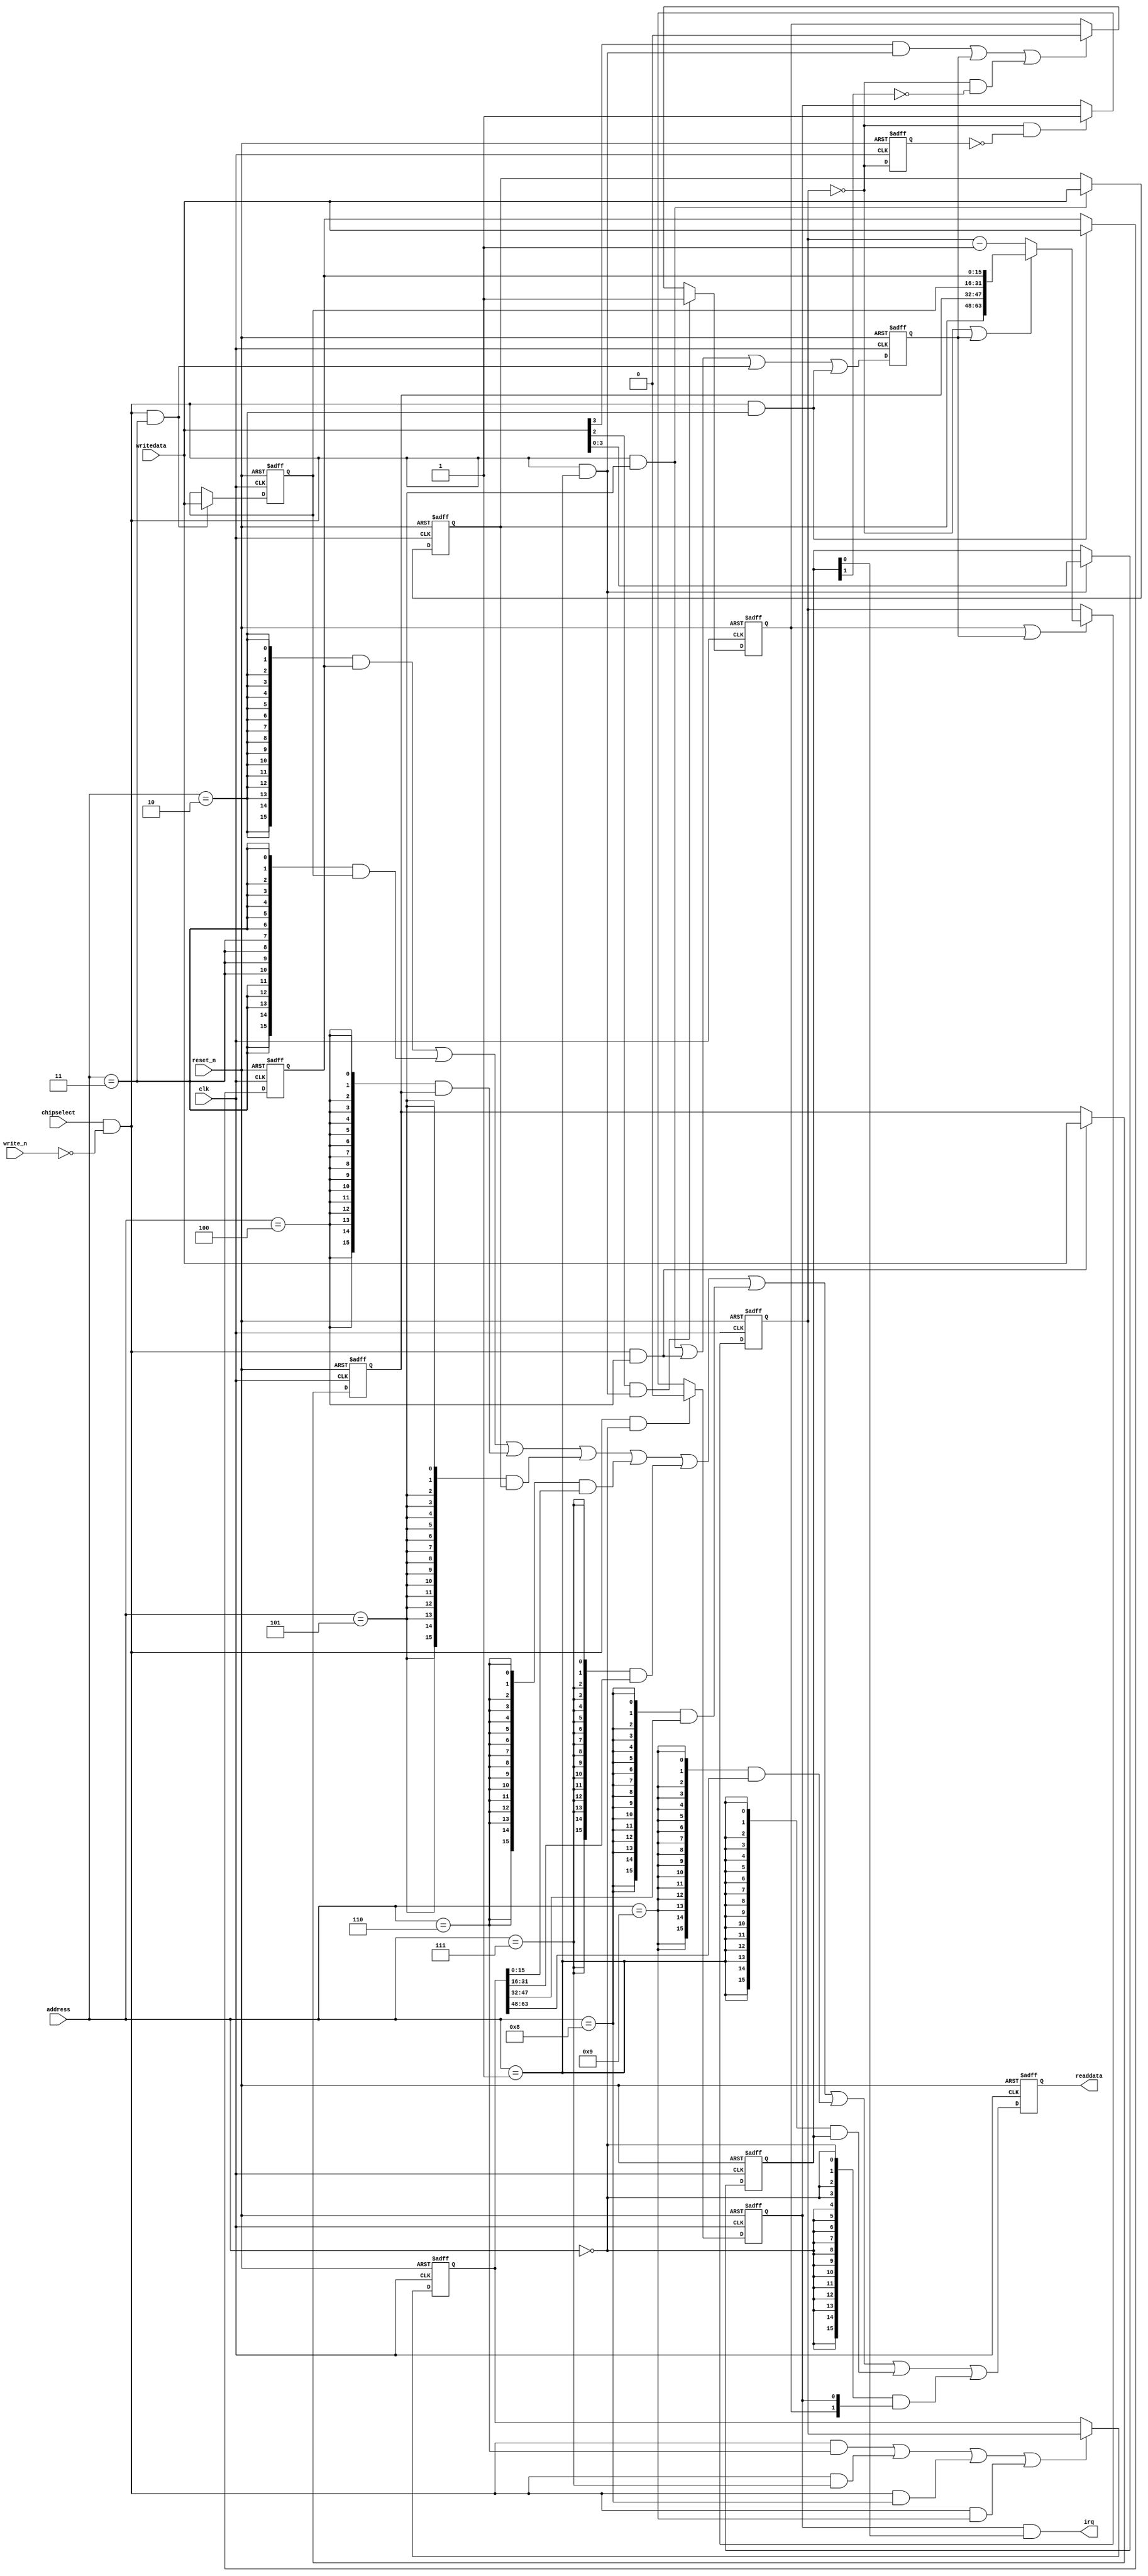
//Legal Notice: (C)2023 Altera Corporation. All rights reserved.  Your
//use of Altera Corporation's design tools, logic functions and other
//software and tools, and its AMPP partner logic functions, and any
//output files any of the foregoing (including device programming or
//simulation files), and any associated documentation or information are
//expressly subject to the terms and conditions of the Altera Program
//License Subscription Agreement or other applicable license agreement,
//including, without limitation, that your use is for the sole purpose
//of programming logic devices manufactured by Altera and sold by Altera
//or its authorized distributors.  Please refer to the applicable
//agreement for further details.

// synthesis translate_off
`timescale 1ns / 1ps
// synthesis translate_on

// turn off superfluous verilog processor warnings 
// altera message_level Level1 
// altera message_off 10034 10035 10036 10037 10230 10240 10030 

module finalprojsoc_timer (
                            // inputs:
                             address,
                             chipselect,
                             clk,
                             reset_n,
                             write_n,
                             writedata,

                            // outputs:
                             irq,
                             readdata
                          )
;

  output           irq;
  output  [ 15: 0] readdata;
  input   [  3: 0] address;
  input            chipselect;
  input            clk;
  input            reset_n;
  input            write_n;
  input   [ 15: 0] writedata;


wire             clk_en;
wire             control_continuous;
wire             control_interrupt_enable;
reg     [  3: 0] control_register;
wire             control_wr_strobe;
reg              counter_is_running;
wire             counter_is_zero;
wire    [ 63: 0] counter_load_value;
reg     [ 63: 0] counter_snapshot;
reg              delayed_unxcounter_is_zeroxx0;
wire             do_start_counter;
wire             do_stop_counter;
reg              force_reload;
reg     [ 63: 0] internal_counter;
wire             irq;
reg     [ 15: 0] period_halfword_0_register;
wire             period_halfword_0_wr_strobe;
reg     [ 15: 0] period_halfword_1_register;
wire             period_halfword_1_wr_strobe;
reg     [ 15: 0] period_halfword_2_register;
wire             period_halfword_2_wr_strobe;
reg     [ 15: 0] period_halfword_3_register;
wire             period_halfword_3_wr_strobe;
wire    [ 15: 0] read_mux_out;
reg     [ 15: 0] readdata;
wire             snap_halfword_0_wr_strobe;
wire             snap_halfword_1_wr_strobe;
wire             snap_halfword_2_wr_strobe;
wire             snap_halfword_3_wr_strobe;
wire    [ 63: 0] snap_read_value;
wire             snap_strobe;
wire             start_strobe;
wire             status_wr_strobe;
wire             stop_strobe;
wire             timeout_event;
reg              timeout_occurred;
  assign clk_en = 1;
  always @(posedge clk or negedge reset_n)
    begin
      if (reset_n == 0)
          internal_counter <= 64'hC34F;
      else if (counter_is_running || force_reload)
          if (counter_is_zero    || force_reload)
              internal_counter <= counter_load_value;
          else 
            internal_counter <= internal_counter - 1;
    end


  assign counter_is_zero = internal_counter == 0;
  assign counter_load_value = {period_halfword_3_register,
    period_halfword_2_register,
    period_halfword_1_register,
    period_halfword_0_register};

  always @(posedge clk or negedge reset_n)
    begin
      if (reset_n == 0)
          force_reload <= 0;
      else if (clk_en)
          force_reload <= period_halfword_3_wr_strobe || period_halfword_2_wr_strobe || period_halfword_1_wr_strobe || period_halfword_0_wr_strobe;
    end


  assign do_start_counter = start_strobe;
  assign do_stop_counter = (stop_strobe                            ) ||
    (force_reload                           ) ||
    (counter_is_zero && ~control_continuous );

  always @(posedge clk or negedge reset_n)
    begin
      if (reset_n == 0)
          counter_is_running <= 1'b0;
      else if (clk_en)
          if (do_start_counter)
              counter_is_running <= -1;
          else if (do_stop_counter)
              counter_is_running <= 0;
    end


  //delayed_unxcounter_is_zeroxx0, which is an e_register
  always @(posedge clk or negedge reset_n)
    begin
      if (reset_n == 0)
          delayed_unxcounter_is_zeroxx0 <= 0;
      else if (clk_en)
          delayed_unxcounter_is_zeroxx0 <= counter_is_zero;
    end


  assign timeout_event = (counter_is_zero) & ~(delayed_unxcounter_is_zeroxx0);
  always @(posedge clk or negedge reset_n)
    begin
      if (reset_n == 0)
          timeout_occurred <= 0;
      else if (clk_en)
          if (status_wr_strobe)
              timeout_occurred <= 0;
          else if (timeout_event)
              timeout_occurred <= -1;
    end


  assign irq = timeout_occurred && control_interrupt_enable;
  //s1, which is an e_avalon_slave
  assign read_mux_out = ({16 {(address == 2)}} & period_halfword_0_register) |
    ({16 {(address == 3)}} & period_halfword_1_register) |
    ({16 {(address == 4)}} & period_halfword_2_register) |
    ({16 {(address == 5)}} & period_halfword_3_register) |
    ({16 {(address == 6)}} & snap_read_value[15 : 0]) |
    ({16 {(address == 7)}} & snap_read_value[31 : 16]) |
    ({16 {(address == 8)}} & snap_read_value[47 : 32]) |
    ({16 {(address == 9)}} & snap_read_value[63 : 48]) |
    ({16 {(address == 1)}} & control_register) |
    ({16 {(address == 0)}} & {counter_is_running,
    timeout_occurred});

  always @(posedge clk or negedge reset_n)
    begin
      if (reset_n == 0)
          readdata <= 0;
      else if (clk_en)
          readdata <= read_mux_out;
    end


  assign period_halfword_0_wr_strobe = chipselect && ~write_n && (address == 2);
  assign period_halfword_1_wr_strobe = chipselect && ~write_n && (address == 3);
  assign period_halfword_2_wr_strobe = chipselect && ~write_n && (address == 4);
  assign period_halfword_3_wr_strobe = chipselect && ~write_n && (address == 5);
  always @(posedge clk or negedge reset_n)
    begin
      if (reset_n == 0)
          period_halfword_0_register <= 16'hC34F;
      else if (period_halfword_0_wr_strobe)
          period_halfword_0_register <= writedata;
    end


  always @(posedge clk or negedge reset_n)
    begin
      if (reset_n == 0)
          period_halfword_1_register <= 16'h0;
      else if (period_halfword_1_wr_strobe)
          period_halfword_1_register <= writedata;
    end


  always @(posedge clk or negedge reset_n)
    begin
      if (reset_n == 0)
          period_halfword_2_register <= 16'h0;
      else if (period_halfword_2_wr_strobe)
          period_halfword_2_register <= writedata;
    end


  always @(posedge clk or negedge reset_n)
    begin
      if (reset_n == 0)
          period_halfword_3_register <= 16'h0;
      else if (period_halfword_3_wr_strobe)
          period_halfword_3_register <= writedata;
    end


  assign snap_halfword_0_wr_strobe = chipselect && ~write_n && (address == 6);
  assign snap_halfword_1_wr_strobe = chipselect && ~write_n && (address == 7);
  assign snap_halfword_2_wr_strobe = chipselect && ~write_n && (address == 8);
  assign snap_halfword_3_wr_strobe = chipselect && ~write_n && (address == 9);
  assign snap_strobe = snap_halfword_0_wr_strobe ||snap_halfword_1_wr_strobe ||snap_halfword_2_wr_strobe ||snap_halfword_3_wr_strobe;
  always @(posedge clk or negedge reset_n)
    begin
      if (reset_n == 0)
          counter_snapshot <= 0;
      else if (snap_strobe)
          counter_snapshot <= internal_counter;
    end


  assign snap_read_value = counter_snapshot;
  assign control_wr_strobe = chipselect && ~write_n && (address == 1);
  always @(posedge clk or negedge reset_n)
    begin
      if (reset_n == 0)
          control_register <= 0;
      else if (control_wr_strobe)
          control_register <= writedata[3 : 0];
    end


  assign stop_strobe = writedata[3] && control_wr_strobe;
  assign start_strobe = writedata[2] && control_wr_strobe;
  assign control_continuous = control_register[1];
  assign control_interrupt_enable = control_register[0];
  assign status_wr_strobe = chipselect && ~write_n && (address == 0);

endmodule